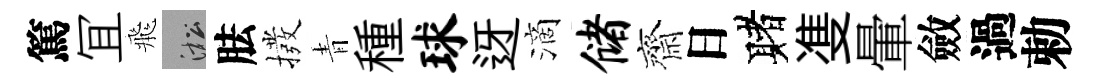
篤冝飛淞胠撥青種球迓滴储齋日赌㕠暈斂過勅